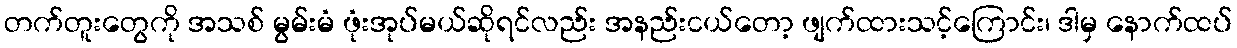
တက်တူးတွေကို အသစ် မွမ်းမံ ဖုံးအုပ်မယ်ဆိုရင်လည်း အနည်းငယ်တော့ ဖျက်ထားသင့်ကြောင်း၊ ဒါမှ နောက်ထပ်